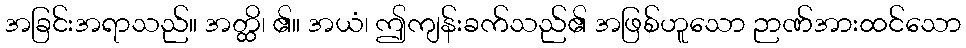
အခြင်းအရာသည်။ အတ္ထိ၊ ၏။ အယံ၊ ဤကျန်းခက်သည်၏ အဖြစ်ဟူသော ဉာဏ်အားထင်သော